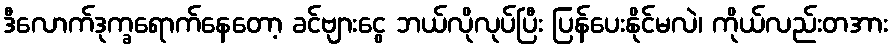
ဒီလောက်ဒုက္ခရောက်နေတော့ ခင်ဗျားငွေ ဘယ်လိုလုပ်ပြီး ပြန်ပေးနိုင်မလဲ၊ ကိုယ်လည်းတအား